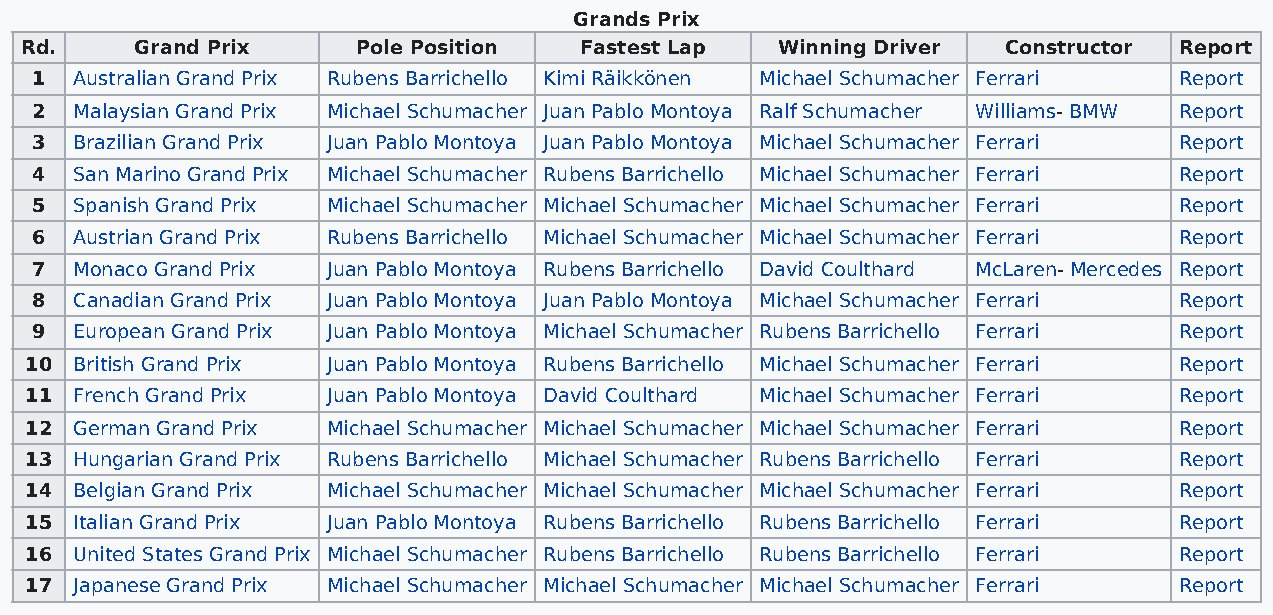
Grands Prix
 Rd.     Grand Prix     Pole Position Fastest Lap  Winning Driver  Constructor Report
 1  Australian Grand Prix Rubens Barrichello Kimi Räikkönen Michael Schumacher Ferrari Report
 2  Malaysian Grand Prix Michael Schumacher Juan Pablo Montoya Ralf Schumacher Williams- BMW Report
 3  Brazilian Grand Prix Juan Pablo Montoya Juan Pablo Montoya Michael Schumacher Ferrari Report
 4  San Marino Grand Prix Michael Schumacher Rubens Barrichello Michael Schumacher Ferrari Report
 5  Spanish Grand Prix Michael Schumacher Michael Schumacher Michael Schumacher Ferrari Report
 6  Austrian Grand Prix Rubens Barrichello Michael Schumacher Michael Schumacher Ferrari Report
 7  Monaco Grand Prix Juan Pablo Montoya Rubens Barrichello David Coulthard McLaren- Mercedes Report
 8  Canadian Grand Prix Juan Pablo Montoya Juan Pablo Montoya Michael Schumacher Ferrari Report
 9  European Grand Prix Juan Pablo Montoya Michael Schumacher Rubens Barrichello Ferrari Report
 10 British Grand Prix Juan Pablo Montoya Rubens Barrichello Michael Schumacher Ferrari Report
 11 French Grand Prix Juan Pablo Montoya David Coulthard Michael Schumacher Ferrari Report
 12 German Grand Prix Michael Schumacher Michael Schumacher Michael Schumacher Ferrari Report
 13 Hungarian Grand Prix Rubens Barrichello Michael Schumacher Rubens Barrichello Ferrari Report
 14 Belgian Grand Prix Michael Schumacher Michael Schumacher Michael Schumacher Ferrari Report
 15 Italian Grand Prix Juan Pablo Montoya Rubens Barrichello Rubens Barrichello Ferrari Report
 16 United States Grand Prix Michael Schumacher Rubens Barrichello Rubens Barrichello Ferrari Report
 17 Japanese Grand Prix Michael Schumacher Michael Schumacher Michael Schumacher Ferrari Report